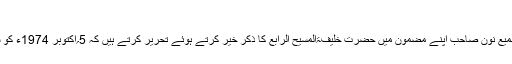
اپریل 1, 2019 اپریل 1, 2019 0 تبصرے 94 مناظر
روزنامہ ’’الفضل‘‘ ربوہ 21؍جولائی 2003ء میں شامل اشاعت مکرم عبدالسمیع نون صاحب اپنے مضمون میں حضرت خلیفۃالمسیح الرابع کا ذکر خیر کرتے ہوئے تحریر کرتے ہیں کہ 5؍اکتوبر 1974ء کو سرگودھا کے بیشتر احمدیوں کی املاک لوٹ لی گئیں یا نذر آتش کردی گئیں۔